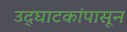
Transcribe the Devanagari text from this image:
उद्‌घाटकांपासून